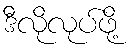
ဒီလိုလုပ်ဖို့